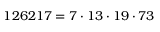
1 2 6 2 1 7 = 7 \cdot 1 3 \cdot 1 9 \cdot 7 3